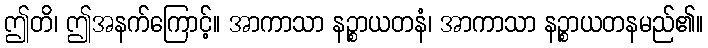
ဤတိ၊ ဤအနက်ကြောင့်။ အာကာသာ နဉ္စာယတနံ၊ အာကာသာ နဉ္စာယတနမည်၏။